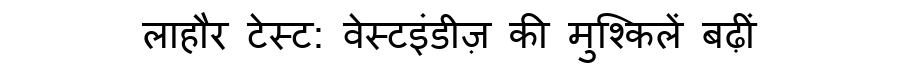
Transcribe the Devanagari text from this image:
लाहौर टेस्ट: वेस्टइंडीज़ की मुश्किलें बढ़ीं